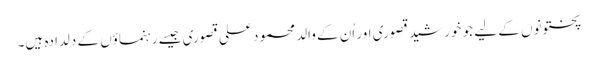
پختونوں کے لیے جو خورشید قصوری اور اُن کے والد محمود علی قصوری جیسے رہنماؤں کے دلدادہ ہیں۔